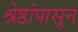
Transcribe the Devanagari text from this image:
श्रेष्ठांपासून